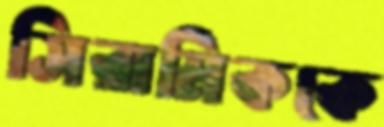
সিরামিককে